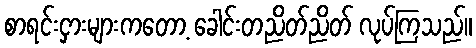
စာရင်းငှားများကတော့ ခေါင်းတညိတ်ညိတ် လုပ်ကြသည်။